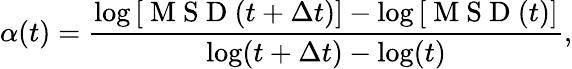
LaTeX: \alpha(t)=\frac{\log\left[\mathrm{~M~S~D~}(t+\Delta t)\right]-\log\left[\mathrm{~M~S~D~}(t)\right]}{\log(t+\Delta t)-\log(t)},